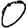
Digit: 0